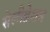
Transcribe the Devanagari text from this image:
सेलीब्रेशन